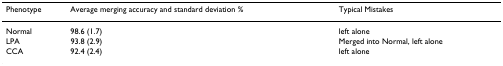
<table><thead><tr><td><b>Phenotype</b></td><td><b>Average merging accuracy and standard deviation %</b></td><td><b>Typical Mistakes</b></td></tr></thead><tbody><tr><td>Normal</td><td>98.6 (1.7)</td><td>left alone</td></tr><tr><td>LPA</td><td>93.8 (2.9)</td><td>Merged into Normal, left alone</td></tr><tr><td>CCA</td><td>92.4 (2.4)</td><td>left alone</td></tr></tbody></table>